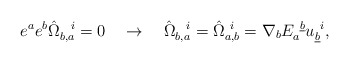
\begin{align*}e^ae^b\hat\Omega_{b,a}^{~~i}=0 \quad \rightarrow \quad\hat\Omega_{b,a}^{~~i}=\hat\Omega_{a,b}^{~i}={\nabla}_b E_a^{~\underline b}u_{\underline b}^{~i},\end{align*}